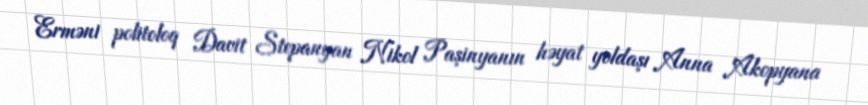
Erməni politoloq Davit Stepanyan Nikol Paşinyanın həyat yoldaşı Anna Akopyana